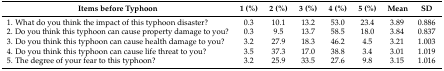
<table><thead><tr><td><b>Items before Typhoon</b></td><td><b>1 (%)</b></td><td><b>2 (%)</b></td><td><b>3 (%)</b></td><td><b>4 (%)</b></td><td><b>5 (%)</b></td><td><b>Mean</b></td><td><b>SD</b></td></tr></thead><tbody><tr><td>1. What do you think the impact of this typhoon disaster?</td><td>0.3</td><td>10.1</td><td>13.2</td><td>53.0</td><td>23.4</td><td>3.89</td><td>0.886</td></tr><tr><td>2. Do you think this typhoon can cause property damage to you?</td><td>0.3</td><td>9.5</td><td>13.7</td><td>58.5</td><td>18.0</td><td>3.84</td><td>0.837</td></tr><tr><td>3. Do you think this typhoon can cause health damage to you?</td><td>3.2</td><td>27.9</td><td>18.3</td><td>46.2</td><td>4.5</td><td>3.21</td><td>1.003</td></tr><tr><td>4. Do you think this typhoon can cause life threat to you?</td><td>3.5</td><td>37.3</td><td>17.0</td><td>38.8</td><td>3.4</td><td>3.01</td><td>1.019</td></tr><tr><td>5. The degree of your fear to this typhoon?</td><td>3.2</td><td>25.9</td><td>33.5</td><td>27.6</td><td>9.8</td><td>3.15</td><td>1.016</td></tr></tbody></table>